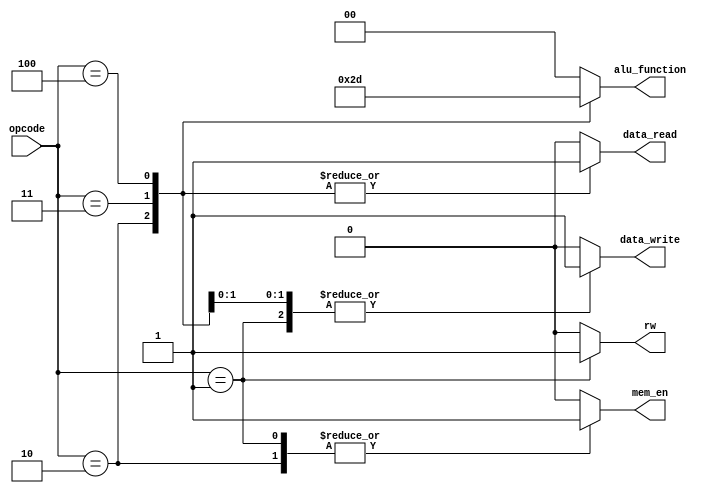

module CU(opcode,mem_en,rw,data_read,data_write,alu_function);
	// Opcodes of instructions
	parameter LOAD_OP = 9'b1;
	parameter STORE_OP = 9'b10;
	parameter ADD_OP = 9'b011;
	parameter NOT_OP = 9'b100;
	parameter NOP_OP = 9'b101;

	// Alu functions of instructions
	parameter LOAD = 2'b00; // NOP
	parameter STORE = 2'b10; // MOV
	parameter ADD = 2'b11;
	parameter NOT = 2'b01;
	parameter NOP = 2'b00;

	input [8:0] opcode;
	output reg mem_en;
	output reg rw;
	output reg data_read;
	output reg data_write;
	output reg [1:0] alu_function;
	
	always @(*) begin
		// Avoid unwanted latches	
		mem_en = 0;
		rw = 0;
		data_read = 0;
		data_write = 0;	
		alu_function = 0;
		case(opcode)
			LOAD_OP: begin
				mem_en = 1;
				rw = 1;
				data_write = 1;
				alu_function = LOAD;
			end
			STORE_OP: begin
				mem_en = 1;
				rw = 0;
				data_read = 1;
				alu_function = STORE;
			end
			ADD_OP: begin
				data_read = 1;
				data_write = 1;
				alu_function = ADD;
			end
			NOT_OP: begin
				data_read = 1;
				data_write = 1;
				alu_function = NOT;
			end
			NOP_OP: begin
				alu_function = NOP;
			end
		endcase
	end		

endmodule